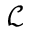
\mathcal { L }